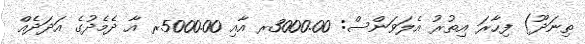
ތިނަދޫ) ފިހާރަ އިތުރު އެލަވަންސް: 3000.00ރ އާއި 5000.00ރ އާ ދެމެދުގެ އަދަދެއް